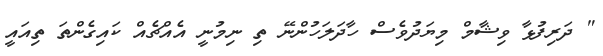
" ދަރިފުޅާ ވިޝާމް މިޔަދުވެސް ހާދަލަހުންނޭ ތި ނިމުނީ އެއްޗެއް ކައިގެންތަ ތިއައީ